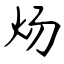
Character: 炀